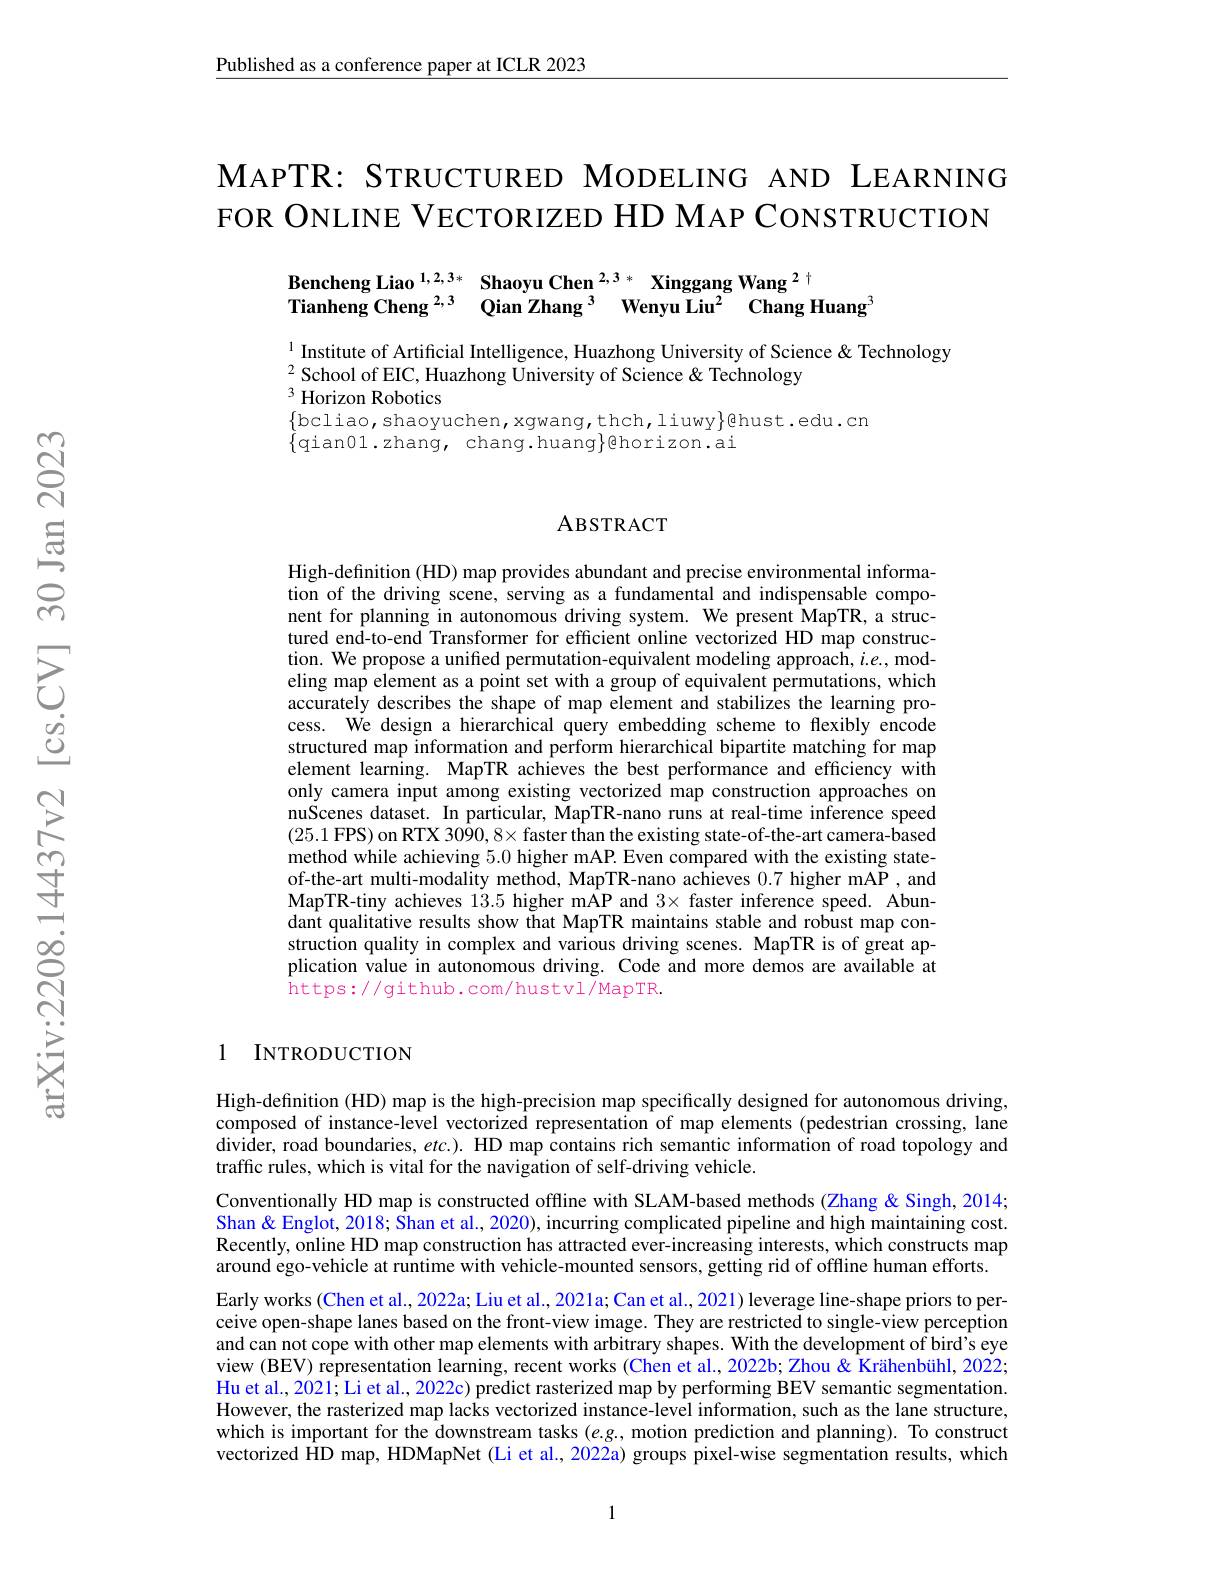
$\underline{\text{Published as a conference paper at ICLR 2023}}$

# MAPTR: STRUCTURED MODELING AND LEARNING FOR ONLINE VECTORIZED HD MAP CONSTRUCTION

$\begin{array}{lll}\text{Bencheng Liao }^{1,2,3*}&\textbf{Shaoyu Chen}^{2,3*}&\text{Xinggang Wang}^{2+}\\\text{Tianheng Cheng}^{2,3}&\text{Qian Zhang}^{3}&\text{Wenyu Liu}^{2}&\text{Chang Huang}\end{array}$

$^{1}$ Institute of Artificial Intelligence, Huazhong University of Science& Technology
$^{2}$School of EIC, Huazhong University of Science& Technology
$^{3}$ Horizon Robotics

$\{$bcliao,shaoyuchen,xgwang,thch,liuwy$\}$ghust.edu.cn
$\{$qian01.zhang, chang.huang$\}$ehorizon.ai

### ABSTRACT

High-definition (HD) map provides abundant and precise environmental information of the driving scene, serving as a fundamental and indispensable component for planning in autonomous driving system. We present MapTR, a structured end-to-end Transformer for efficient online vectorized HD map construction. We propose a unified permutation-equivalent modeling approach, $i.e.$, modeling map element as a point set with a group of equivalent permutations, which accurately describes the shape of map element and stabilizes the learning process. We design a hierarchical query embedding scheme to flexibly encode structured map information and perform hierarchical bipartite matching for map element learning. MapTR achieves the best performance and efficiency with only camera input among existing vectorized map construction approaches on nuScenes dataset. In particular, MapTR-nano runs at real-time inference speed (25.1 FPS) on RTX 3090, 8× faster than the existing state-of-the-art camera-based method while achieving 5.0 higher mAP. Even compared with the existing stateof-the-art multi-modality method, MapTR-nano achieves 0.7 higher mAP ,and MapTR-tiny achieves 13.5 higher mAP and $3\times$ faster inference speed. Abundant qualitative results show that MapTR maintains stable and robust map construction quality in complex and various driving scenes. MapTR is of great application value in autonomous driving. Code and more demos are available at https://github.com/hustvl/MapTR.

### 1 INTRODUCTION

High-definition (HD) map is the high-precision map specifically designed for autonomous driving, composed of instance-level vectorized representation of map elements (pedestrian crossing, lane divider, road boundaries, $etc.).$ HD map contains rich semantic information of road topology and traffic rules, which is vital for the navigation of self-driving vehicle.

Conventionally HD map is constructed offline with SLAM-based methods (Zhang & Singh, 2014; Shan& Englot, 2018; Shan et al., 2020), incurring complicated pipeline and high maintaining cost. Recently, online HD map construction has attracted ever-increasing interests, which constructs map around ego-vehicle at runtime with vehicle-mounted sensors, getting rid of offline human efforts. Early works (Chen et al., 2022a; Liu et al., 2021a; Can et al., 2021) leverage line-shape priors to perceive open-shape lanes based on the front-view image. They are restricted to single-view perception and can not cope with other map elements with arbitrary shapes. With the development of bird's eye view (BEV) representation learning, recent works (Chen et al., 2022b; Zhou & Krähenbühl, 2022; Hu et al., 2021; Li et al., 2022c) predict rasterized map by performing BEV semantic segmentation. However, the rasterized map lacks vectorized instance-level information, such as the lane structure, which is important for the downstream tasks $(e.g.$, motion prediction and planning). To construct vectorized HD map, HDMapNet (Li et al., 2022a) groups pixel-wise segmentation results, which

1